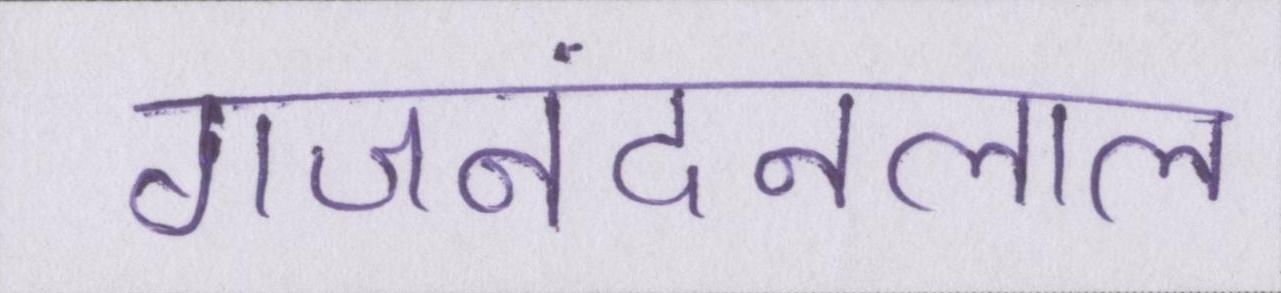
गजनंदनलाल